Plague in India, 1896, 1897 - Volume 3
Year: 1896
Disease focus: Plague
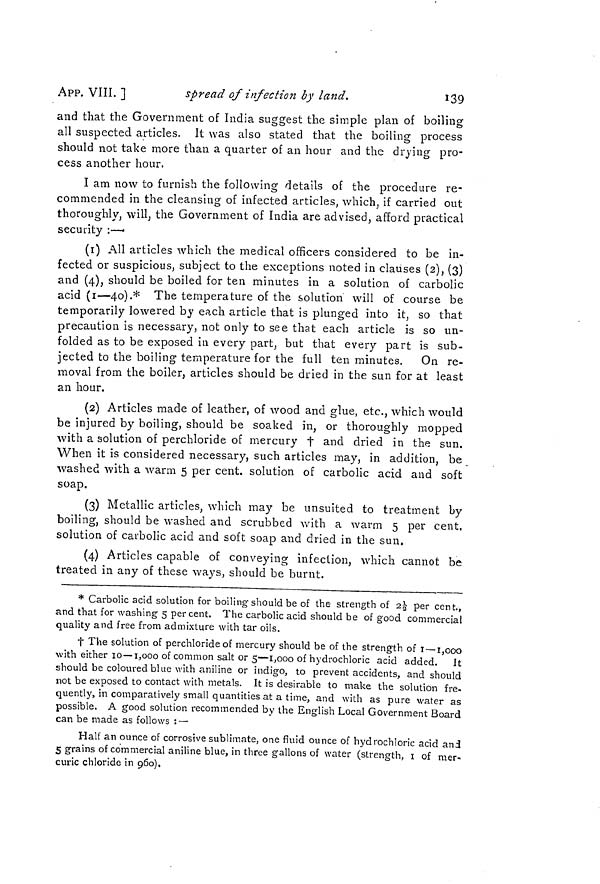
139
APP. VIII. ]
spread of infection by land.
and that the Government of India suggest the simple plan of boiling
all suspected articles. It was also stated that the boiling process
should not take more than a quarter of an hour and the drying pro-
cess another hour.
I am now to furnish the following details of the procedure re-
commended in the cleansing of infected articles, which, if carried out
thoroughly, will, the Government of India are advised, afford practical
security :—•
(1) All articles which the medical officers considered to be in-
fected or suspicious, subject to the exceptions noted in clauses (2), (3)
and (4), should be boiled for ten minutes in a solution of carbolic
acid (1—40).* The temperature of the solution will of course be
temporarily lowered by each article that is plunged into it, so that
precaution is necessary, not only to see that each article is so un-
folded as to be exposed in every part, but that every part is sub-
jected to the boiling temperature for the full ten minutes. On re-
moval from the boiler, articles should be dried in the sun for at least
an hour.
(2) Articles made of leather, of wood and glue, etc., which would
be injured by boiling, should be soaked in, or thoroughly mopped
with a solution of perchloride of mercury t and dried in the sun.
When it is considered necessary, such articles may, in addition, be
washed with a warm 5 per cent, solution of carbolic acid and soft
soap.
(3) Metallic articles, which may be unsuited to treatment by
boiling, should be washed and scrubbed with a warm 5 per cent,
solution of carbolic acid and soft soap and dried in the sun.
(4) Articles capable of conveying infection, which cannot be
treated in any of these ways, should be burnt.
* Carbolic acid solution for boiling should be of the strength of 2 1/2 per cent.,
and that for washing 5 percent. The carbolic acid should be of good commercial
quality and free from admixture with tar oils.
† The solution of perchloride of mercury should be of the strength of 1 —1,000
with either 10—1,000 of common salt or 5—1,000 of hydrochloric acid added. It
should be coloured blue with aniline or indigo, to prevent accidents, and should
not be exposed to contact with metals. It is desirable to make the solution fre-
quently, in comparatively small quantities at a time, and with as pure water as
possible. A good solution recommended by the English Local Government Board
can be made as follows : —
Half an ounce of corrosive sublimate, one fluid ounce of hydrochloric acid and
5 grains of commercial aniline blue, in three gallons of water (strength, 1 of mer-
curic chloride in 960).